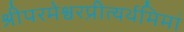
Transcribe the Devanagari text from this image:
श्रीपरमेश्वरप्रीत्यर्थमिमां